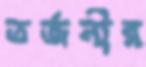
তর্জনীর